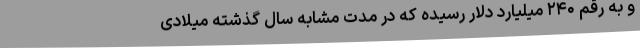
و به رقم ۲۴۰ میلیارد دلار رسیده که در مدت مشابه سال گذشته میلادی